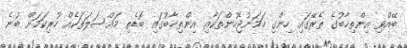
ބޭއްވި އިންތިޚާބުގެ ތެރޭގައި ހިންގި ހަމަނުޖެހުންތަކާއި އިންތިޚާބުގައި ބޮޑެތި މައްސަލަތަކެއް ހުރިކަމަށް ބުނެ